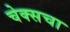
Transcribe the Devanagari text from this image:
चेक्सचा